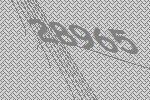
28965